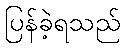
ပြန်ခဲ့ရသည်